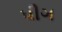
પીગ